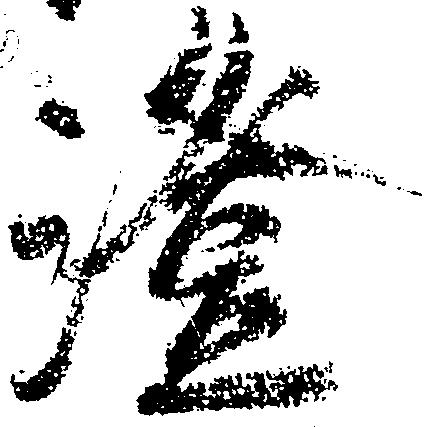
澄